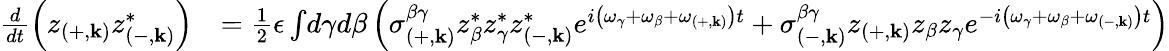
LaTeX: \begin{array}{rl}{\frac{d}{dt}\left(z_{\left(+,\mathbf{k}\right)}z_{\left(-,\mathbf{k}\right)}^{*}\right)}&{=\frac{1}{2}\epsilon\int\! d\gamma d\beta\left(\sigma_{\left(+,\mathbf{k}\right)}^{\beta\gamma}z_{\beta}^{*}z_{\gamma}^{*}z_{\left(-,\mathbf{k}\right)}^{*}e^{i\left(\omega_{\gamma}+\omega_{\beta}+\omega_{\left(+,\mathbf{k}\right)}\right)t}+\sigma_{\left(-,\mathbf{k}\right)}^{\beta\gamma}z_{\left(+,\mathbf{k}\right)}z_{\beta}z_{\gamma}e^{-i\left(\omega_{\gamma}+\omega_{\beta}+\omega_{\left(-,\mathbf{k}\right)}\right)t}\right)}\end{array}